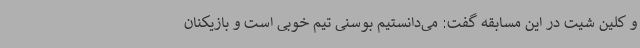
و کلین شیت در این مسابقه گفت: می‌دانستیم بوسنی تیم خوبی است و بازیکنان